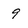
Character: 9